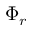
\Phi _ { r }